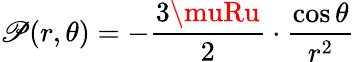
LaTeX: \mathscr{P}(r,\theta)=-{\frac{{3\muRu}}{{2}}}\cdot{\frac{{\cos\theta}}{{r^{2}}}}